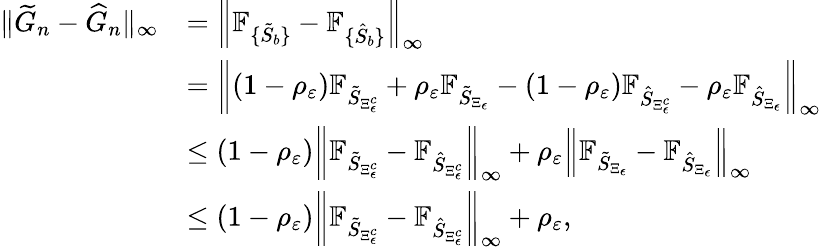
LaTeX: \begin{array}{rl}{\| \widetilde{G}_{n}-\widehat{G}_{n}\| _{\infty}}&{=\left\| \mathbb{F}_{\{ \tilde{S}_{b}\} }-\mathbb{F}_{\{ \hat{S}_{b}\} }\right\| _{\infty}}\\ &{=\left\| (1-\rho_{\varepsilon})\mathbb{F}_{\tilde{S}_{\Xi_{\epsilon}^{c}}}+\rho_{\varepsilon}\mathbb{F}_{\tilde{S}_{\Xi_{\epsilon}}}-(1-\rho_{\varepsilon})\mathbb{F}_{\hat{S}_{\Xi_{\epsilon}^{c}}}-\rho_{\varepsilon}\mathbb{F}_{\hat{S}_{\Xi_{\epsilon}}}\right\| _{\infty}}\\ &{\leq(1-\rho_{\varepsilon})\left\| \mathbb{F}_{\tilde{S}_{\Xi_{\epsilon}^{c}}}-\mathbb{F}_{\hat{S}_{\Xi_{\epsilon}^{c}}}\right\| _{\infty}+\rho_{\varepsilon}\left\| \mathbb{F}_{\tilde{S}_{\Xi_{\epsilon}}}-\mathbb{F}_{\hat{S}_{\Xi_{\epsilon}}}\right\| _{\infty}}\\ &{\leq(1-\rho_{\varepsilon})\left\| \mathbb{F}_{\tilde{S}_{\Xi_{\epsilon}^{c}}}-\mathbb{F}_{\hat{S}_{\Xi_{\epsilon}^{c}}}\right\| _{\infty}+\rho_{\varepsilon},}\end{array}